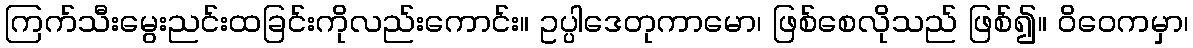
ကြက်သီးမွေးညင်းထခြင်းကိုလည်းကောင်း။ ဥပ္ပါဒေတုကာမော၊ ဖြစ်စေလိုသည် ဖြစ်၍။ ဝိဝေကမှာ၊